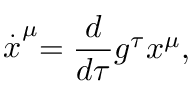
\stackrel { . } { x } ^ { \mu } = \frac { d } { d \tau } g ^ { \tau } x ^ { \mu } ,